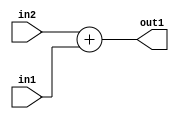
`timescale 1ps / 1ps
/*****************************************************************************
    Verilog RTL Description
    
    
    Created by: Stratus DpOpt 2019.1.01 
*******************************************************************************/

module bias_addr_gen_Add_32Ux14U_32U_4 (
	in2,
	in1,
	out1
	); /* architecture "behavioural" */ 
input [31:0] in2;
input [13:0] in1;
output [31:0] out1;
wire [31:0] asc001;

assign asc001 = 
	+(in2)
	+(in1);

assign out1 = asc001;
endmodule

/* CADENCE  ubP1TQ4= : u9/ySgnWtBlWxVPRXgAZ4Og= ** DO NOT EDIT THIS LINE ******/